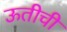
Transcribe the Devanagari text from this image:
ऊतीची